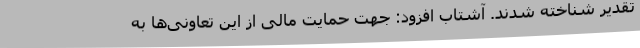
تقدیر شناخته شدند. آشتاب افزود: جهت حمایت مالی از این تعاونی‌ها به